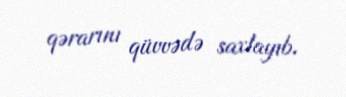
qərarını qüvvədə saxlayıb.